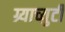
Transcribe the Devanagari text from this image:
ग्र्याच्युटी